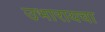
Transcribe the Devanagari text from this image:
उभारायचा